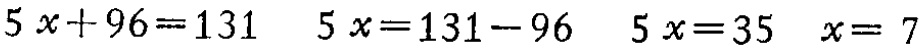
\[

\begin{align*}

5x + 96&=131\\

5x&=131 - 96\\

5x&=35\\

x&= 7

\end{align*}

\]